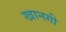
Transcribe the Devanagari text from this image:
खानगी